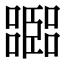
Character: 𡂨